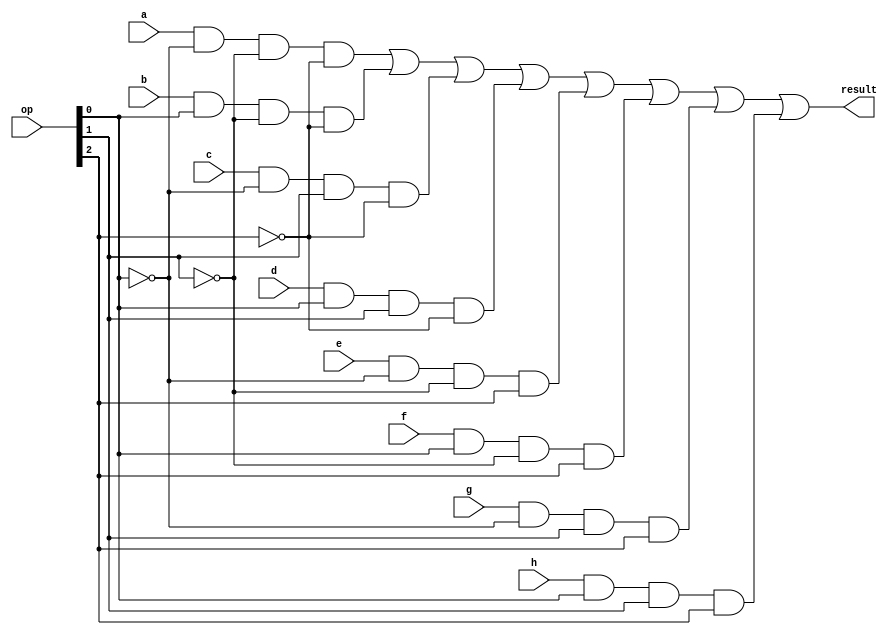
module Mux8x1_1Bit(output result, 
						 input a, b, c, d, e, f, g, h, 
						 input[2:0] op);
	
	// This is a 8x1 Mux that takes 8 one-bit inputs and 3-bit op signal, returns
	// the result based on the op signal.

	not not0(notOp0, op[0]);
	not not1(notOp1, op[1]);
	not not2(notOp2, op[2]);

	and and1(w1, a, notOp0, notOp1, notOp2);
	and and2(w2, b, op[0], notOp1, notOp2);
	and and3(w3, c, notOp0, op[1], notOp2);
	and and4(w4, d, op[0], op[1], notOp2);
	and and5(w5, e, notOp0, notOp1, op[2]);
	and and6(w6, f, op[0], notOp1, op[2]);
	and and7(w7, g, notOp0, op[1], op[2]);
	and and8(w8, h, op[0], op[1], op[2]);

	or or1(result, w1, w2, w3, w4, w5, w6, w7, w8);

endmodule